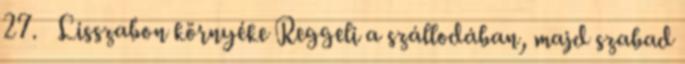
27. Lisszabon környéke Reggeli a szállodában, majd szabad